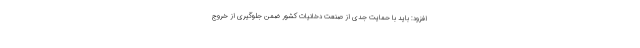
افزود: باید با حمایت جدی از صنعت دخانیات کشور ضمن جلوگیری از خروج